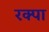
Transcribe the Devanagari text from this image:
रक्पा